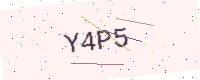
Text: Y4P5